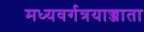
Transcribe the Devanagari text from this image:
मध्यवर्गत्रयाज्जाता